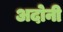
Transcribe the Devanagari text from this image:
अदोनी